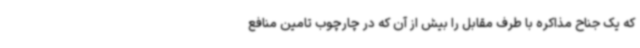
که یک جناح مذاکره با طرف مقابل را بیش از آن که در چارچوب تامین منافع